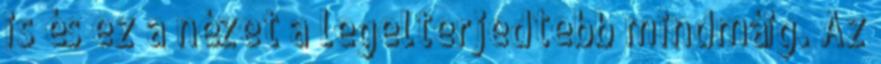
is és ez a nézet a legelterjedtebb mindmáig. Az